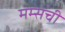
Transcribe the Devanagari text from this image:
मम्सची